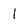
Character: 1